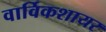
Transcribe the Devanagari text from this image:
वार्विकशायर